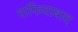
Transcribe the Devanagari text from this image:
राफियाबाद